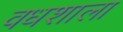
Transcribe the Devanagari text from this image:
वधशाला